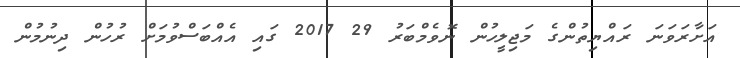
އަށާރަވަނަ ރައްޔިތުންގެ މަޖިލީހުން ނޮވެމްބަރު 29 2017 ގައި އެއްބަސްވުމަށް ރުހުން ދިނުމުން